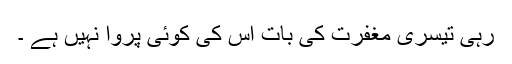
رہی تیسری مغفرت کی بات اُس کی کوئی پروا نہیں ہے ۔